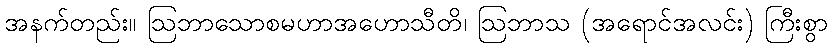
အနက်တည်း။ ဩဘာသောစမဟာအဟောသီတိ၊ ဩဘာသ (အရောင်အလင်း) ကြီးစွာ